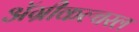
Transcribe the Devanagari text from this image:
ॲग्रीकल्चरल